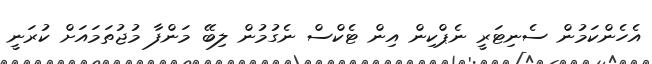
އެހެންކަމުން ސެނިޓަރީ ނެޕްކިން އިން ޓެކްސް ނެގުމުން ލިބޭ މަންފާ މުޖުތަމައަށް ކުރަނީ